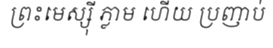
ព្រះមេស្ស៊ី ភ្លាម ហើយ ប្រញាប់